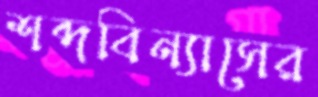
শব্দবিন্যাসের